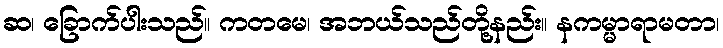
ဆ၊ ခြောက်ပါးသည်။ ကတမေ၊ အဘယ်သည်တို့နည်း။ နကမ္မာရာမတာ၊